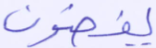
يقضون